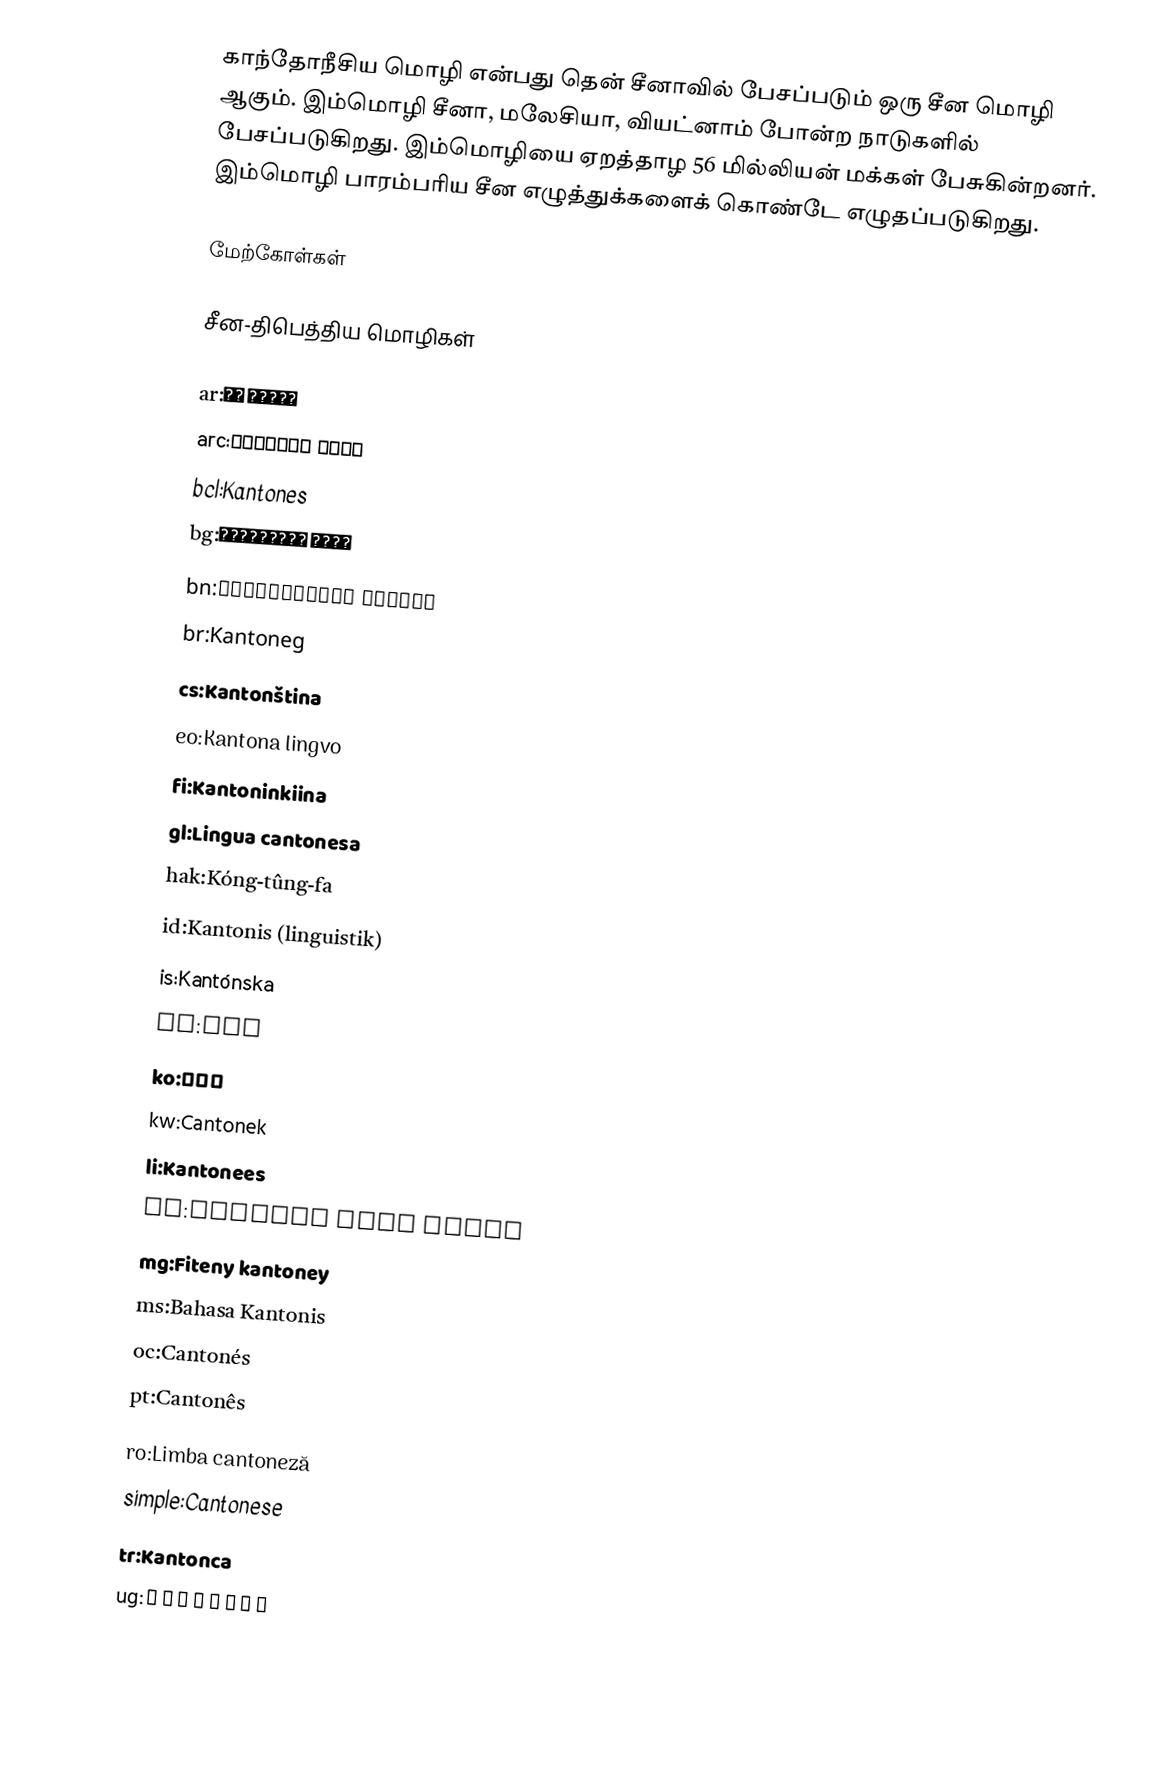
காந்தோநீசிய மொழி என்பது தென் சீனாவில் பேசப்படும் ஒரு சீன மொழி ஆகும். இம்மொழி சீனா, மலேசியா, வியட்னாம் போன்ற நாடுகளில் பேசப்படுகிறது. இம்மொழியை ஏறத்தாழ 56 மில்லியன் மக்கள் பேசுகின்றனர். இம்மொழி பாரம்பரிய சீன எழுத்துக்களைக் கொண்டே எழுதப்படுகிறது.

மேற்கோள்கள்

சீன-திபெத்திய மொழிகள்

ar:صينية يؤ
arc:ܠܫܢܐ ܩܢܛܘܢܝܐ
bcl:Kantones
bg:Кантонски език
bn:ক্যান্টনীয় উপভাষা
br:Kantoneg
cs:Kantonština
eo:Kantona lingvo
fi:Kantoninkiina
gl:Lingua cantonesa
hak:Kóng-tûng-fa
id:Kantonis (linguistik)
is:Kantónska
ja:広東語
ko:광둥어
kw:Cantonek
li:Kantonees
lt:Kantono kinų kalba
mg:Fiteny kantoney
ms:Bahasa Kantonis
oc:Cantonés
pt:Cantonês
ro:Limba cantoneză
simple:Cantonese
tr:Kantonca
ug:كانتونچە